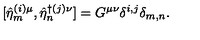
[ \hat { \eta } _ { m } ^ { ( i ) \mu } , \hat { \eta } _ { n } ^ { \dagger ( j ) \nu } ] = G ^ { \mu \nu } \delta ^ { i , j } \delta _ { m , n } .